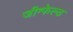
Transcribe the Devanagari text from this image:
जीग्फेल्ड